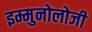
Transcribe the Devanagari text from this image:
इम्मुनोलोजी